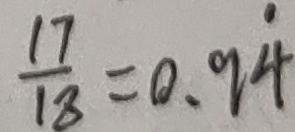
\frac { 1 7 } { 1 8 } = 0 . 9 \dot { 4 }